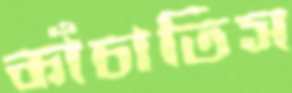
কাঁচাতিস